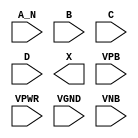
module sky130_fd_sc_ls__and4b (
    //# {{data|Data Signals}}
    input  A_N ,
    input  B   ,
    input  C   ,
    input  D   ,
    output X   ,

    //# {{power|Power}}
    input  VPB ,
    input  VPWR,
    input  VGND,
    input  VNB
);
endmodule